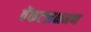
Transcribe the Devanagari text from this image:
वेंकटलक्षमण